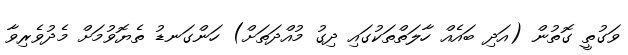
ވަގުތީ ގޮތުން (އަދި ބައެއް ހާލަތްތަކުގައި ދިގު މުއްދަތަށް) ހަންގަނޑު ތެޔޮވުމަށް މެދުވެރިވާ